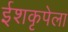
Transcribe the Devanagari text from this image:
ईशकृपेला